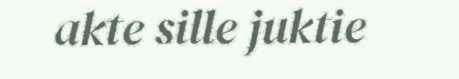
akte sille juktie